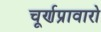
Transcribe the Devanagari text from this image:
चूर्णप्रावारो